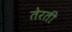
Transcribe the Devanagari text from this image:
तेरती